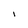
Character: 1